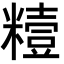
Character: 䊦